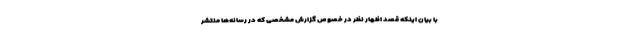
با بیان اینکه قصد اظهار نظر در خصوص گزارش مشخصی که در رسانه‌ها منتشر